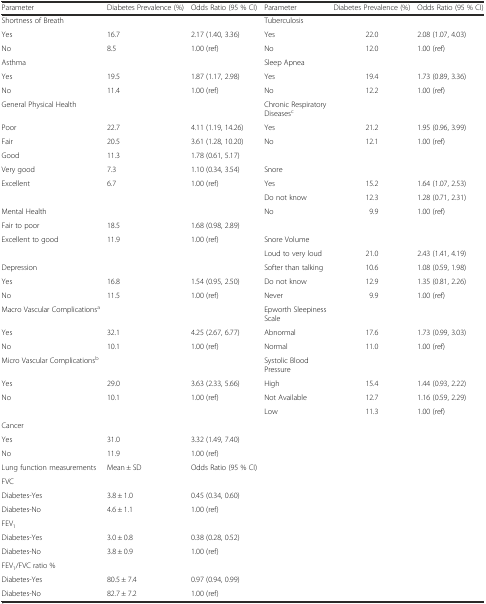
<table><thead><tr><td><b>Parameter</b></td><td><b>Diabetes Prevalence (%)</b></td><td><b>Odds Ratio (95 % CI)</b></td><td><b>Parameter</b></td><td><b>Diabetes Prevalence (%)</b></td><td><b>Odds Ratio (95 % CI)</b></td></tr></thead><tbody><tr><td>Shortness of Breath</td><td></td><td></td><td>Tuberculosis</td><td></td><td></td></tr><tr><td>Yes</td><td>16.7</td><td>2.17 (1.40, 3.36)</td><td>Yes</td><td>22.0</td><td>2.08 (1.07, 4.03)</td></tr><tr><td>No</td><td>8.5</td><td>1.00 (ref)</td><td>No</td><td>12.0</td><td>1.00 (ref)</td></tr><tr><td>Asthma</td><td></td><td></td><td>Sleep Apnea</td><td></td><td></td></tr><tr><td>Yes</td><td>19.5</td><td>1.87 (1.17, 2.98)</td><td>Yes</td><td>19.4</td><td>1.73 (0.89, 3.36)</td></tr><tr><td>No</td><td>11.4</td><td>1.00 (ref)</td><td>No</td><td>12.2</td><td>1.00 (ref)</td></tr><tr><td>General Physical Health</td><td></td><td></td><td>Chronic Respiratory Diseases<sup>c</sup></td><td></td><td></td></tr><tr><td>Poor</td><td>22.7</td><td>4.11 (1.19, 14.26)</td><td>Yes</td><td>21.2</td><td>1.95 (0.96, 3.99)</td></tr><tr><td>Fair</td><td>20.5</td><td>3.61 (1.28, 10.20)</td><td>No</td><td>12.1</td><td>1.00 (ref)</td></tr><tr><td>Good</td><td>11.3</td><td>1.78 (0.61, 5.17)</td><td></td><td></td><td></td></tr><tr><td>Very good</td><td>7.3</td><td>1.10 (0.34, 3.54)</td><td>Snore</td><td></td><td></td></tr><tr><td>Excellent</td><td>6.7</td><td>1.00 (ref)</td><td>Yes</td><td>15.2</td><td>1.64 (1.07, 2.53)</td></tr><tr><td></td><td></td><td></td><td>Do not know</td><td>12.3</td><td>1.28 (0.71, 2.31)</td></tr><tr><td>Mental Health</td><td></td><td></td><td>No</td><td>9.9</td><td>1.00 (ref)</td></tr><tr><td>Fair to poor</td><td>18.5</td><td>1.68 (0.98, 2.89)</td><td></td><td></td><td></td></tr><tr><td>Excellent to good</td><td>11.9</td><td>1.00 (ref)</td><td>Snore Volume</td><td></td><td></td></tr><tr><td></td><td></td><td></td><td>Loud to very loud</td><td>21.0</td><td>2.43 (1.41, 4.19)</td></tr><tr><td>Depression</td><td></td><td></td><td>Softer than talking</td><td>10.6</td><td>1.08 (0.59, 1.98)</td></tr><tr><td>Yes</td><td>16.8</td><td>1.54 (0.95, 2.50)</td><td>Do not know</td><td>12.9</td><td>1.35 (0.81, 2.26)</td></tr><tr><td>No</td><td>11.5</td><td>1.00 (ref)</td><td>Never</td><td>9.9</td><td>1.00 (ref)</td></tr><tr><td>Macro Vascular Complications<sup>a</sup></td><td></td><td></td><td>Epworth Sleepiness Scale</td><td></td><td></td></tr><tr><td>Yes</td><td>32.1</td><td>4.25 (2.67, 6.77)</td><td>Abnormal</td><td>17.6</td><td>1.73 (0.99, 3.03)</td></tr><tr><td>No</td><td>10.1</td><td>1.00 (ref)</td><td>Normal</td><td>11.0</td><td>1.00 (ref)</td></tr><tr><td>Micro Vascular Complications<sup>b</sup></td><td></td><td></td><td>Systolic Blood Pressure</td><td></td><td></td></tr><tr><td>Yes</td><td>29.0</td><td>3.63 (2.33, 5.66)</td><td>High</td><td>15.4</td><td>1.44 (0.93, 2.22)</td></tr><tr><td>No</td><td>10.1</td><td>1.00 (ref)</td><td>Not Available</td><td>12.7</td><td>1.16 (0.59, 2.29)</td></tr><tr><td></td><td></td><td></td><td>Low</td><td>11.3</td><td>1.00 (ref)</td></tr><tr><td colspan="6">Cancer</td></tr><tr><td>Yes</td><td>31.0</td><td>3.32 (1.49, 7.40)</td><td></td><td></td><td></td></tr><tr><td>No</td><td>11.9</td><td>1.00 (ref)</td><td></td><td></td><td></td></tr><tr><td>Lung function measurements</td><td>Mean ± SD</td><td>Odds Ratio (95 % CI)</td><td></td><td></td><td></td></tr><tr><td colspan="6">FVC</td></tr><tr><td>Diabetes-Yes</td><td>3.8 ± 1.0</td><td>0.45 (0.34, 0.60)</td><td></td><td></td><td></td></tr><tr><td>Diabetes-No</td><td>4.6 ± 1.1</td><td>1.00 (ref)</td><td></td><td></td><td></td></tr><tr><td colspan="6">FEV<sub>1</sub></td></tr><tr><td>Diabetes-Yes</td><td>3.0 ± 0.8</td><td>0.38 (0.28, 0.52)</td><td></td><td></td><td></td></tr><tr><td>Diabetes-No</td><td>3.8 ± 0.9</td><td>1.00 (ref)</td><td></td><td></td><td></td></tr><tr><td colspan="6">FEV<sub>1</sub>/FVC ratio %</td></tr><tr><td>Diabetes-Yes</td><td>80.5 ± 7.4</td><td>0.97 (0.94, 0.99)</td><td></td><td></td><td></td></tr><tr><td>Diabetes-No</td><td>82.7 ± 7.2</td><td>1.00 (ref)</td><td></td><td></td><td></td></tr></tbody></table>